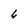
Character: 6